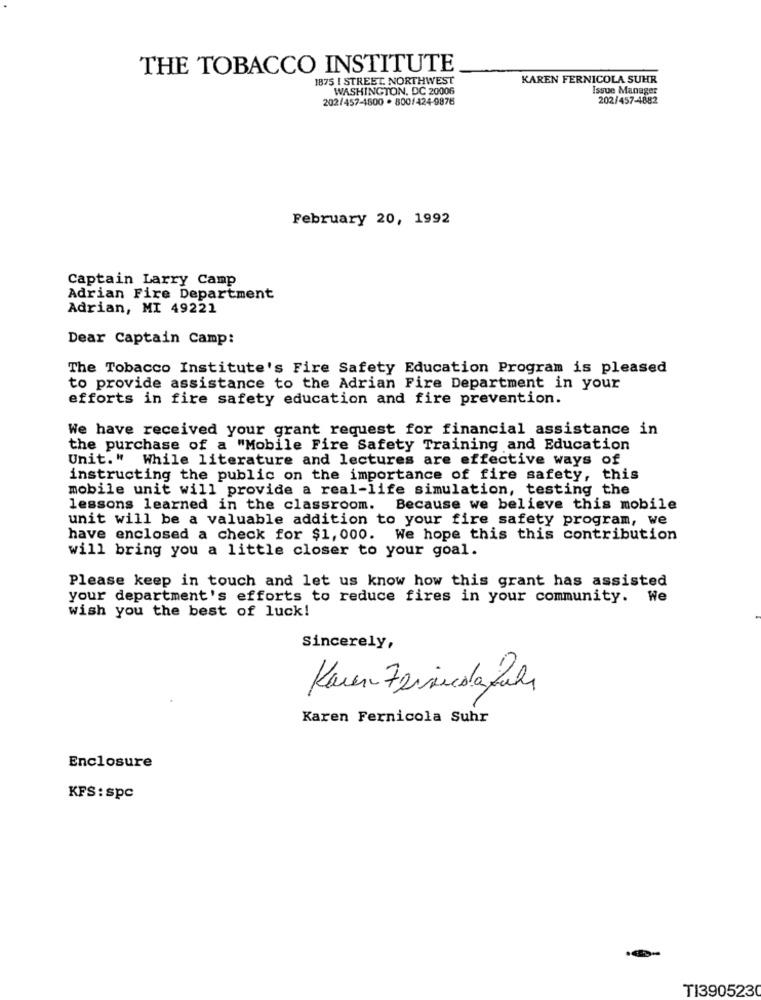
THE TOBACCO INSTITUTE
1875 I STREET NORTHWEST
KAREN FERNICOLA SUHR
WASHINGTON, DC 20006
Issue Manager
202/457-4500 . 800/424-9876
202/457-4882
February 20, 1992
Captain Larry Camp
Adrian Fire Department
Adrian, MI 49221
Dear Captain Camp:
The Tobacco Institute's Fire Safety Education Program is pleased
to provide assistance to the Adrian Fire Department in your
efforts in fire safety education and fire prevention.
We have received your grant request for financial assistance in
the purchase of a "Mobile Fire Safety Training and Education
Unit." While literature and lectures are effective ways of
instructing the public on the importance of fire safety, this
mobile unit will provide a real-life simulation, testing the
lessons learned in the classroom. Because we believe this mobile
unit will be a valuable addition to your fire safety program, we
have enclosed a check for $1, 000. We hope this this contribution
will bring you a little closer to your goal.
Please keep in touch and let us know how this grant has assisted
your department's efforts to reduce fires in your community. We
wish you the best of luck!
Sincerely,
Karen Feministafuhr
Karen Fernicola Suhr
Enclosure
KFS : spc
T1390523